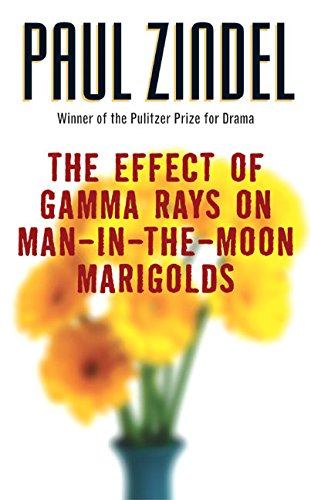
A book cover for The Effect of Gamma Rays on Man-in-the-Moon Marigolds; Paul Zindel; Literature & Fiction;